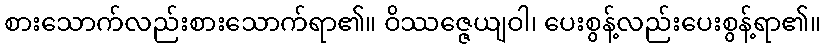
စားသောက်လည်းစားသောက်ရာ၏။ ဝိဿဇ္ဇေယျဝါ၊ ပေးစွန့်လည်းပေးစွန့်ရာ၏။